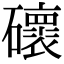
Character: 䃶